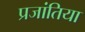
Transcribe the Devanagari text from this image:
प्रजांतिया